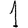
Digit: 1